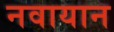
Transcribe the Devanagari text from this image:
नवायान